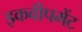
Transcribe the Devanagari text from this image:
इकवीपमेंट